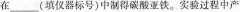
在___(填仪器标号)中制得碳酸亚铁。实验过程中产